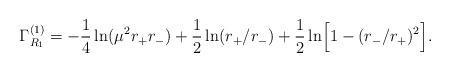
LaTeX: \begin{align*}\Gamma_{R_{1}}^{(1)}=-{1\over 4}\ln(\mu^{2}r_{+}r_{-})+{1\over 2}\ln(r_{+}/r_{-})+{1\over 2}\ln \Bigr[1-(r_{-}/r_{+})^{2}\Bigr] .\end{align*}